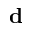
\mathbf { d }